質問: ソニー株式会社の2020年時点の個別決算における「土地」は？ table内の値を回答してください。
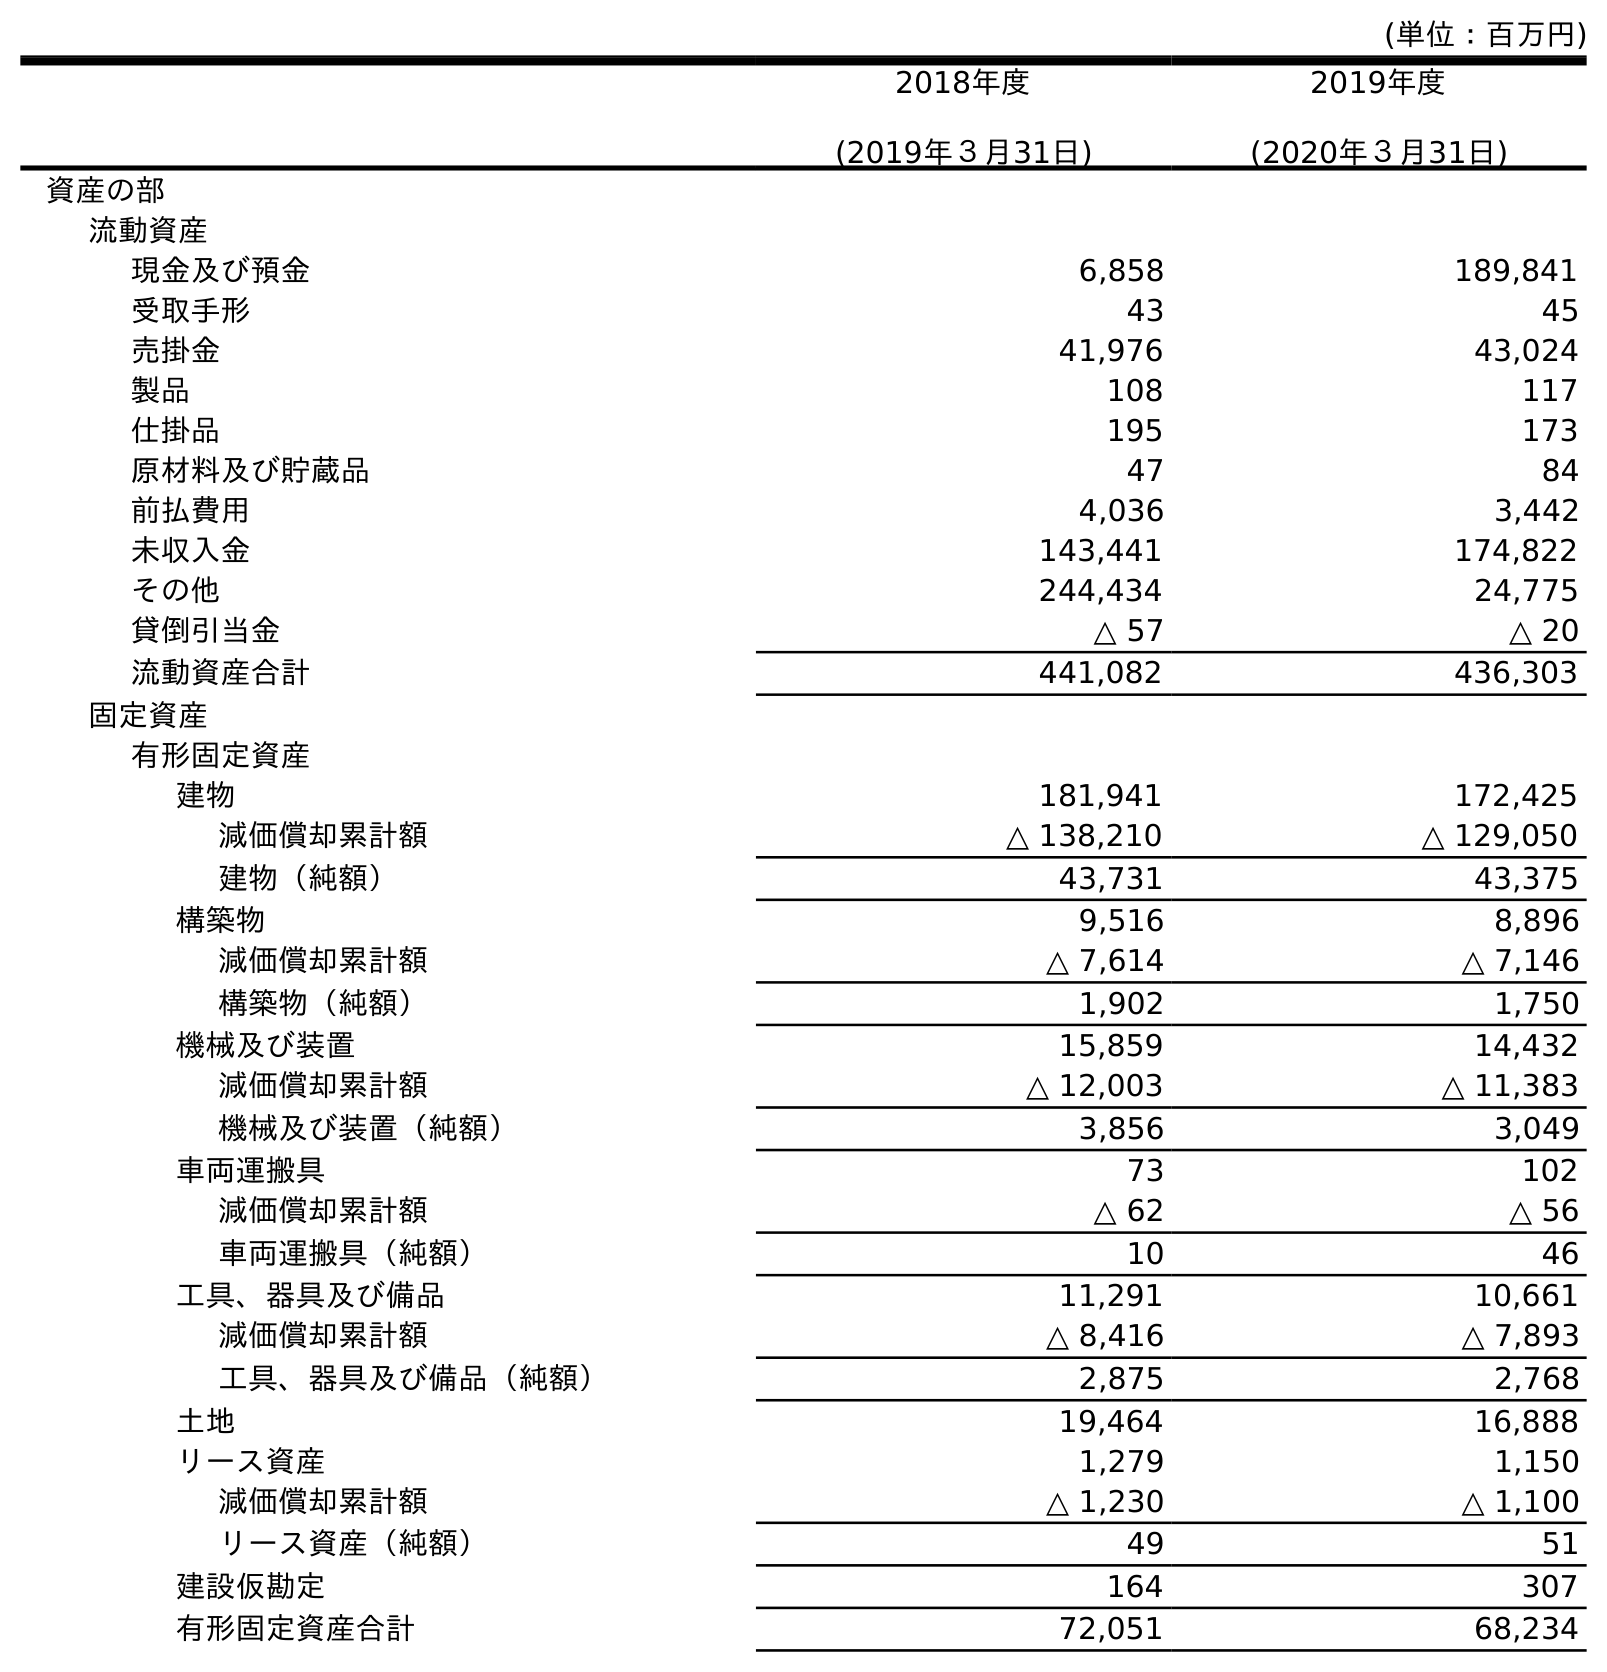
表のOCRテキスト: (単位：百万円) 2018年度 (2019年３月31日) 2019年度 (2020年３月31日) 資産の部 流動資産 現金及び預金 6,858 189,841 受取手形 43 45 売掛金 41,976 43,024 製品 108 117 仕掛品 195 173 原材料及び貯蔵品 47 84 前払費用 4,036 3,442 未収入金 143,441 174,822 その他 244,434 24,775 貸倒引当金 △ 57 △ 20 流動資産合計 441,082 436,303 固定資産 有形固定資産 建物 181,941 172,425 減価償却累計額 △ 138,210 △ 129,050 建物（純額） 43,731 43,375 構築物 9,516 8,896 減価償却累計額 △ 7,614 △ 7,146 構築物（純額） 1,902 1,750 機械及び装置 15,859 14,432 減価償却累計額 △ 12,003 △ 11,383 機械及び装置（純額） 3,856 3,049 車両運搬具 73 102 減価償却累計額 △ 62 △ 56 車両運搬具（純額） 10 46 工具、器具及び備品 11,291 10,661 減価償却累計額 △ 8,416 △ 7,893 工具、器具及び備品（純額） 2,875 2,768 土地 19,464 16,888 リース資産 1,279 1,150 減価償却累計額 △ 1,230 △ 1,100 リース資産（純額） 49 51 建設仮勘定 164 307 有形固定資産合計 72,051 68,234
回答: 16,888